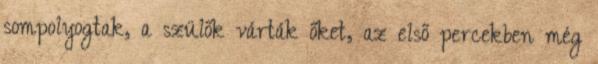
sompolyogtak, a szülők várták őket, az első percekben még